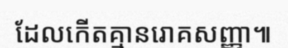
ដែលកើតគ្មានរោគសញ្ញា៕